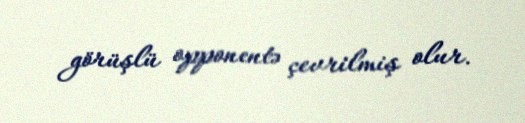
görüşlü opponentə çevrilmiş olur.